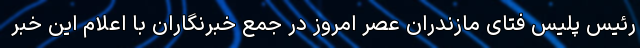
رئیس پلیس فتای مازندران عصر امروز در جمع خبرنگاران با اعلام این خبر